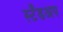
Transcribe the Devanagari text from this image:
स्टँडअप